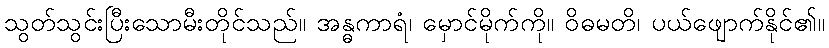
သွတ်သွင်းပြီးသောမီးတိုင်သည်။ အန္ဓကာရံ၊ မှောင်မိုက်ကို။ ဝိဓမတိ၊ ပယ်ဖျောက်နိုင်၏။